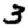
Digit: 3